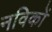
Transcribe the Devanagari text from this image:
नविकों